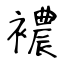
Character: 襛